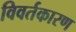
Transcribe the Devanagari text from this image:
विवर्तकारण